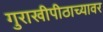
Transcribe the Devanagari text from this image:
गुराखीपीठाच्यावर